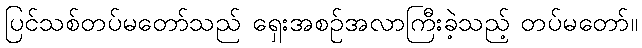
ပြင်သစ်တပ်မတော်သည် ရှေးအစဉ်အလာကြီးခဲ့သည့် တပ်မတော်။